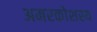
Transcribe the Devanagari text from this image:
अमरकोशस्य